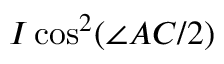
I \cos ^ { 2 } ( \angle A C / 2 )